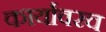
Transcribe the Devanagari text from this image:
कार्यावरच